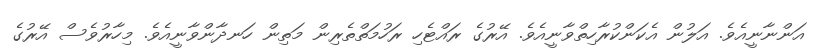
އަންނާނީއެވެ. އަލުން އެކަންކުރާހިތްވާނީއެވެ. އޭރުގެ ރައްޓެހި ރަހުމަތްތެރިން މަތިން ހަނދާންވާނީއެވެ. މިހާރުވެސް އޭރުގެ